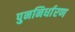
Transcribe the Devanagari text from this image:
पुननिर्धारण